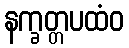
နက္ခတ္တပထံဝ